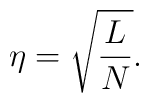
\eta = \sqrt{{L \over N}} .